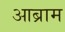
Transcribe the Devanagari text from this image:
आब्राम